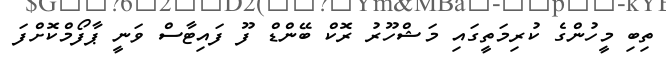
ތިބި މީހުންގެ ކުރިމަތީގައި މަޝްހޫރު ރޮކް ބޭންޑް ފޫ ފައިޓާސް ވަނީ ޕާފޯމްކޮށްފަ